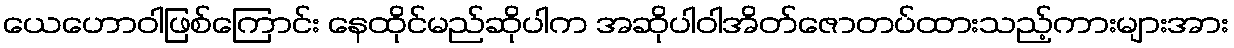
ယေဟောဝါဖြစ်ကြောင်း နေထိုင်မည်ဆိုပါက အဆိုပါဝါအိတ်ဇောတပ်ထားသည့်ကားများအား